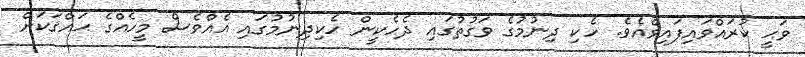
ވަޙީ ކުރައްވައިފައިވެއެވެ. ހެކި ދިނުމުގެ ވަގުތުގައި ދެހެކީން ހެކިދިނުމުގައި އެއްވެސް މީހެއްގެ ޙައްޤަކަށް